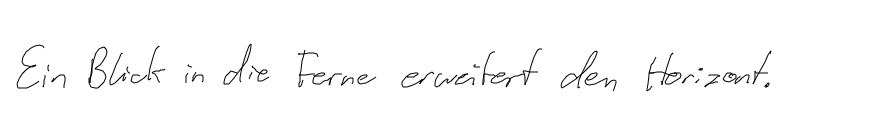
Ein Blick in die Ferne erweitert den Horizont.